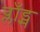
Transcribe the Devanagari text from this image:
ब्लाँड्स